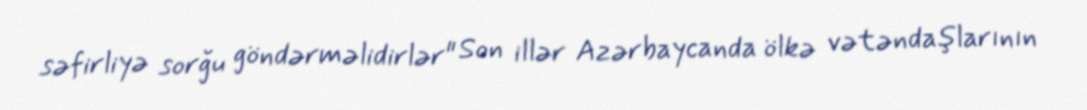
səfirliyə sorğu göndərməlidirlər" Son illər Azərbaycanda ölkə vətəndaşlarının